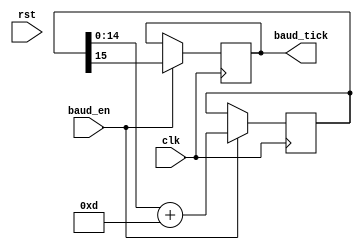
module baud_generator_1(	
	input clk,
	input rst,
	input baud_en,
	output  baud_tick
);
parameter clk_frequency = 24_000_000 ;
parameter baud = 9600;
parameter baud_cnt_width = 15;
parameter baud_temp = (baud<<baud_cnt_width)/clk_frequency;//2


reg [baud_cnt_width:0] baud_cnt;//
reg baud_tick_r;

always @(posedge clk) begin 
	if(!rst ) baud_cnt <= 500;
	if(baud_en==1) begin 
		baud_cnt <= baud_cnt[baud_cnt_width-1:0] + baud_temp;
		baud_tick_r <= baud_cnt[baud_cnt_width];
	end 
	else baud_cnt <= baud_cnt;
end 

assign baud_tick = baud_tick_r;
endmodule